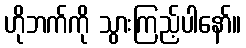
ဟိုဘက်ကို သွားကြည့်ပါနော်။